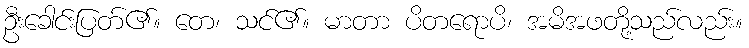
ဦးခေါင်းပြတ်၏။ တေ၊ သင်၏။ မာတာ ပိတရောပိ၊ အမိအဖတို့သည်လည်း။